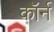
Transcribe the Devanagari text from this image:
कॉर्न